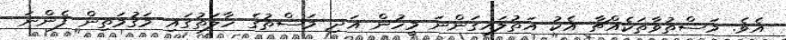
އެވެ. މަސްތުވާތަކެއްޗާ އެކު އަތުލައިގަންނަ މީހުން އަދި މަސްތުގެ ހާލަތުގައި މަގުމަތިން ފެންނަ